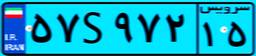
۳۲S۶۶۴۸۴